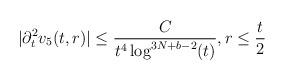
LaTeX: \begin{align*}|\partial_{t}^{2}v_{5}(t,r)| &\leq \frac{C}{t^{4}\log^{3N+b-2}(t)}, r \leq \frac{t}{2}\end{align*}